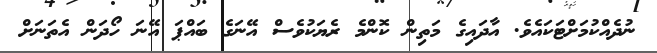
ނުދެއްކުމަށްޓަކައެވެ. އާދައިގެ މަތިން ކޮންމެ ރެޔަކުވެސް އޭނަގެ ބައްޕަ އޭނަ ހޯދަން އެތަނަށް